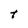
Character: t